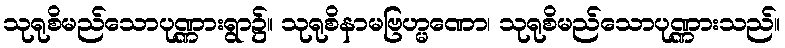
သုရုစိမည်သောပုဏ္ဏားရွာ၌။ သုရုစိနာမဗြဟ္မဏော၊ သုရုစိမည်သောပုဏ္ဏားသည်။